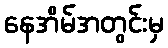
နေအိမ်အတွင်းမှ